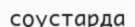
соустарда